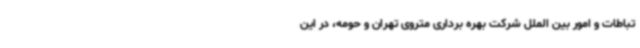
تباطات و امور بین الملل شرکت بهره برداری متروی تهران و حومه، در این